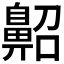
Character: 𪖠